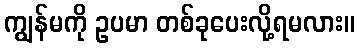
ကျွန်မကို ဥပမာ တစ်ခုပေးလို့ရမလား။